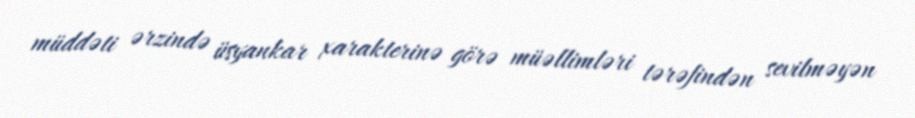
müddəti ərzində üsyankar xarakterinə görə müəllimləri tərəfindən sevilməyən